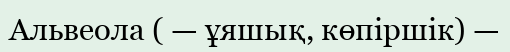
Альвеола ( — ұяшық, көпіршік) —